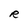
Character: R